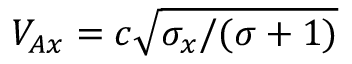
V _ { A x } = c \sqrt { \sigma _ { x } / ( \sigma + 1 ) }